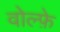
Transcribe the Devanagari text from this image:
वोल्फ़े